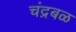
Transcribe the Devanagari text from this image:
चंद्रबळ